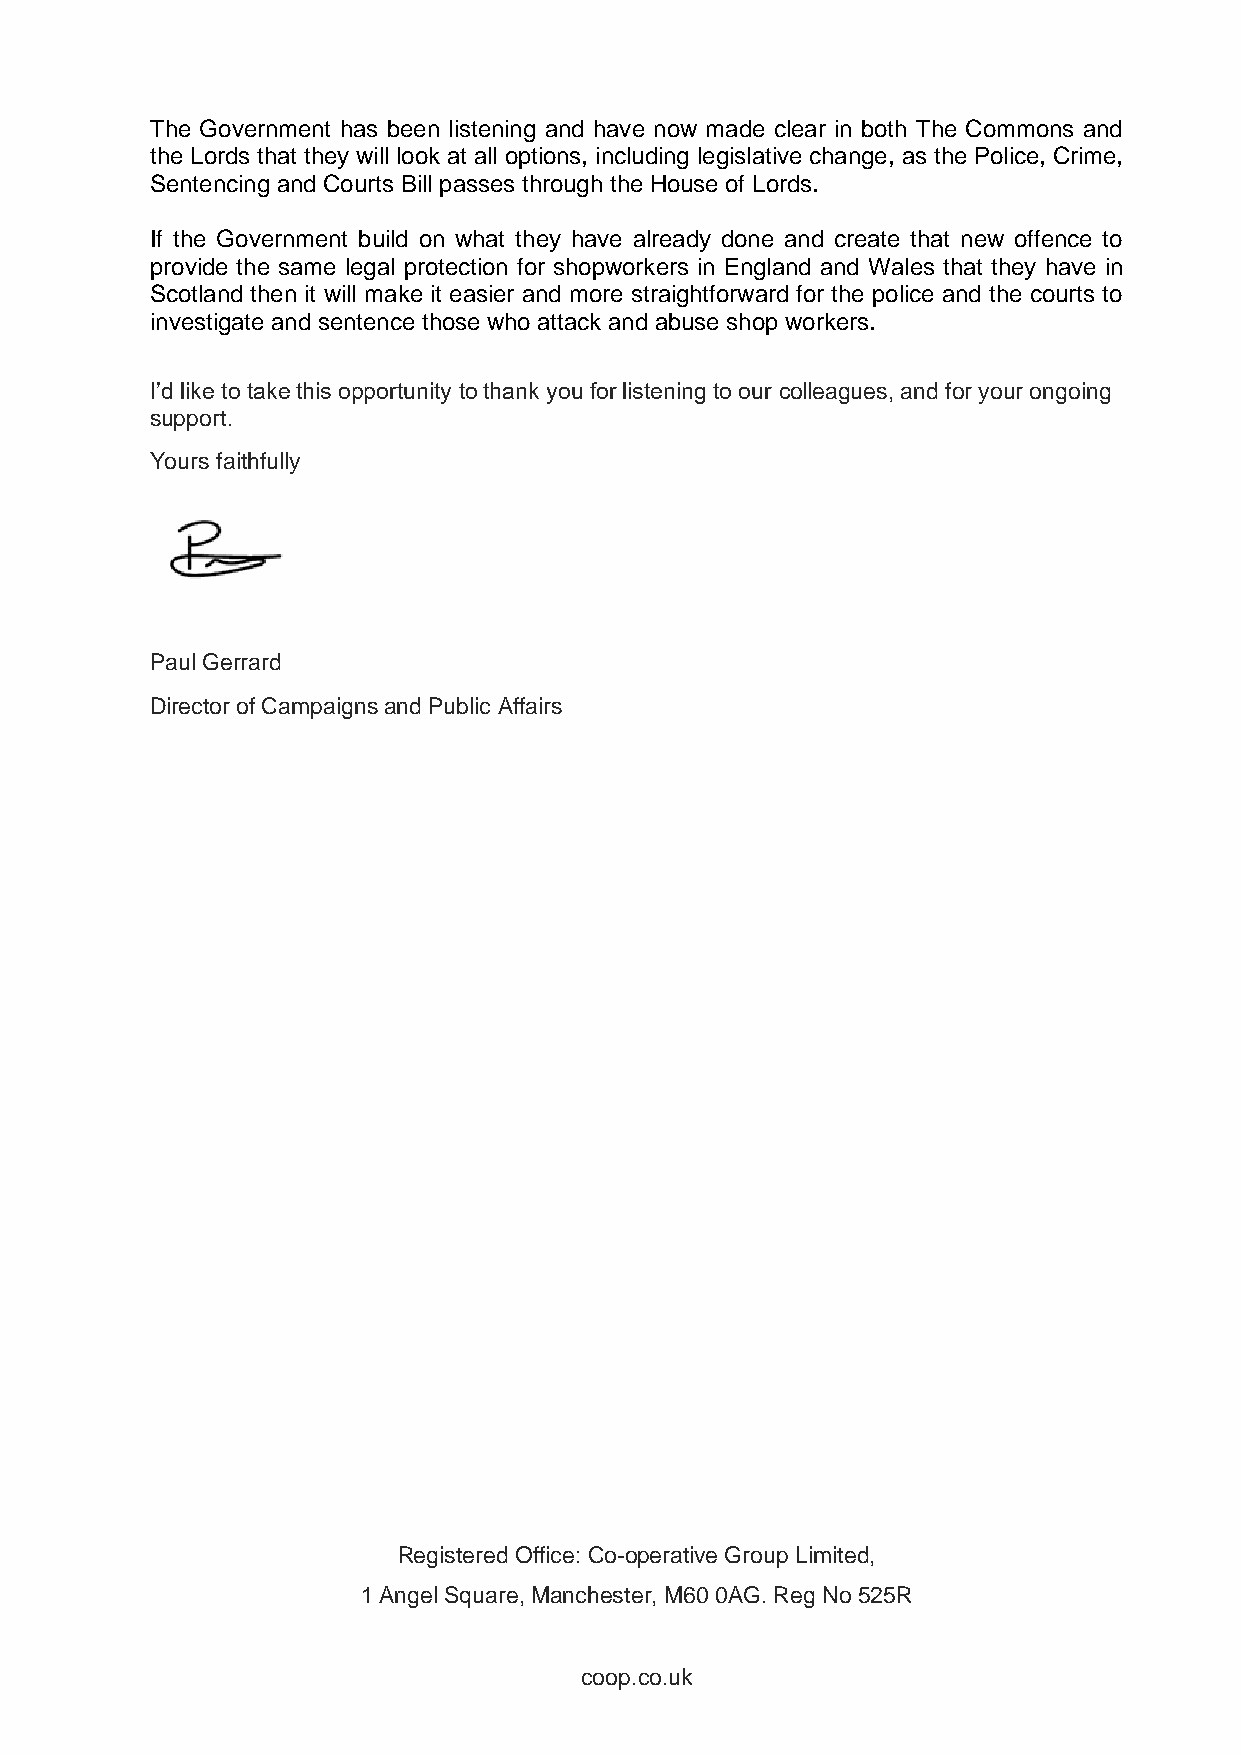
The Government has been listening and have now made clear in both The Commons and
 the Lords that they will look at all options, including legislative change, as the Police, Crime,
 Sentencing and Courts Bill passes through the House of Lords.
 If the Government build on what they have already done and create that new offence to
 provide the same legal protection for shopworkers in England and Wales that they have in
 Scotland then it will make it easier and more straightforward for the police and the courts to
 investigate and sentence those who attack and abuse shop workers.
 I’d like to take this opportunity to thank you for listening to our colleagues, and for your ongoing
 support.
 Yours faithfully
 Paul Gerrard
 Director of Campaigns and Public Affairs
 Registered Office: Co-operative Group Limited,
 1 Angel Square, Manchester, M60 0AG. Reg No 525R
 coop.co.uk